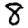
Digit: 8